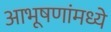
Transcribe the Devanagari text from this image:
आभूषणांमध्ये